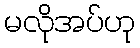
မလိုအပ်ဟု